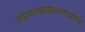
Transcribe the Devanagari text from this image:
माणसांदरम्यान